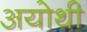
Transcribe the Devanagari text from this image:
अयोथी